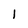
Character: 1